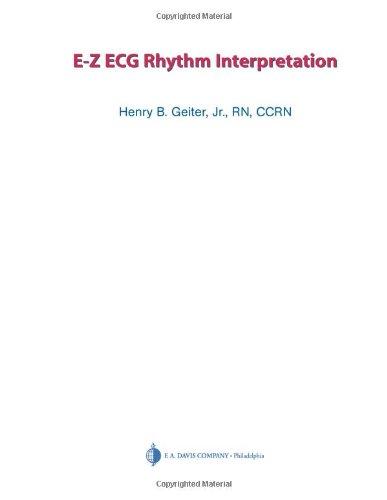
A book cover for E-Z ECG Rhythm Interpretation; Henry B. Geiter  Jr. RN  CCRN; Medical Books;